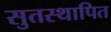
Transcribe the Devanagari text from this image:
सुतस्थापित